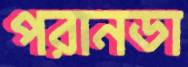
পরানডা